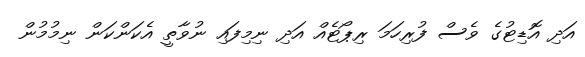
އަދި އޮޑިޓުގެ ވެސް ފުރިހަމަ ރިޕޯޓެއް އަދި ނިމިފައި ނުވާތީ އެކަންކަން ނިމުމުން